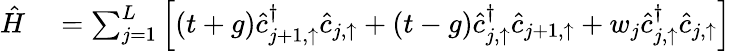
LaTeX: \begin{array}{rl}{\hat{H}}&{{}=\sum_{j=1}^{L}\left[(t+g)\hat{c}_{j+1,\uparrow}^{\dagger}\hat{c}_{j,\uparrow}+(t-g)\hat{c}_{j,\uparrow}^{\dagger}\hat{c}_{j+1,\uparrow}+w_{j}\hat{c}_{j,\uparrow}^{\dagger}\hat{c}_{j,\uparrow}\right]}\end{array}